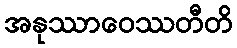
အနုဿာဝေဿတီတိ